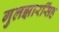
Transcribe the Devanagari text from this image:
गुलझारसिंह